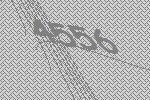
4556